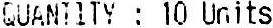
QUANTITY : 10 UNITS